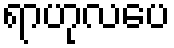
ရာဟုလပေ